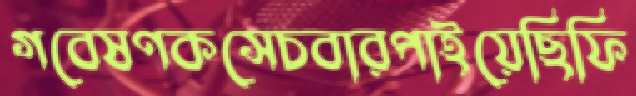
গবেষণকসেচবারপাইয়েছিফি